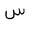
Letter: _sin